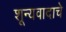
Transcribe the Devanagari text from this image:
शून्यवादाचे